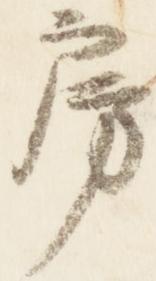
房